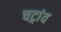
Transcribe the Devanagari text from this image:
चट्गांव